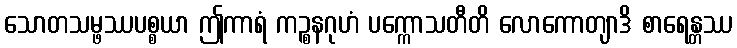
သောတသမ္ဖဿပစ္စယာ ဤကာရံ ကဉ္စနဂုဟံ ပက္ကောသတီတိ လောကောတျာဒိ စာရေန္တဿ